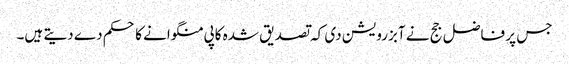
جس پر فاضل جج نے آبزرویشن دی کہ تصدیق شدہ کاپی منگوانے کا حکم دے دیتے ہیں۔